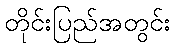
တိုင်းပြည်အတွင်း